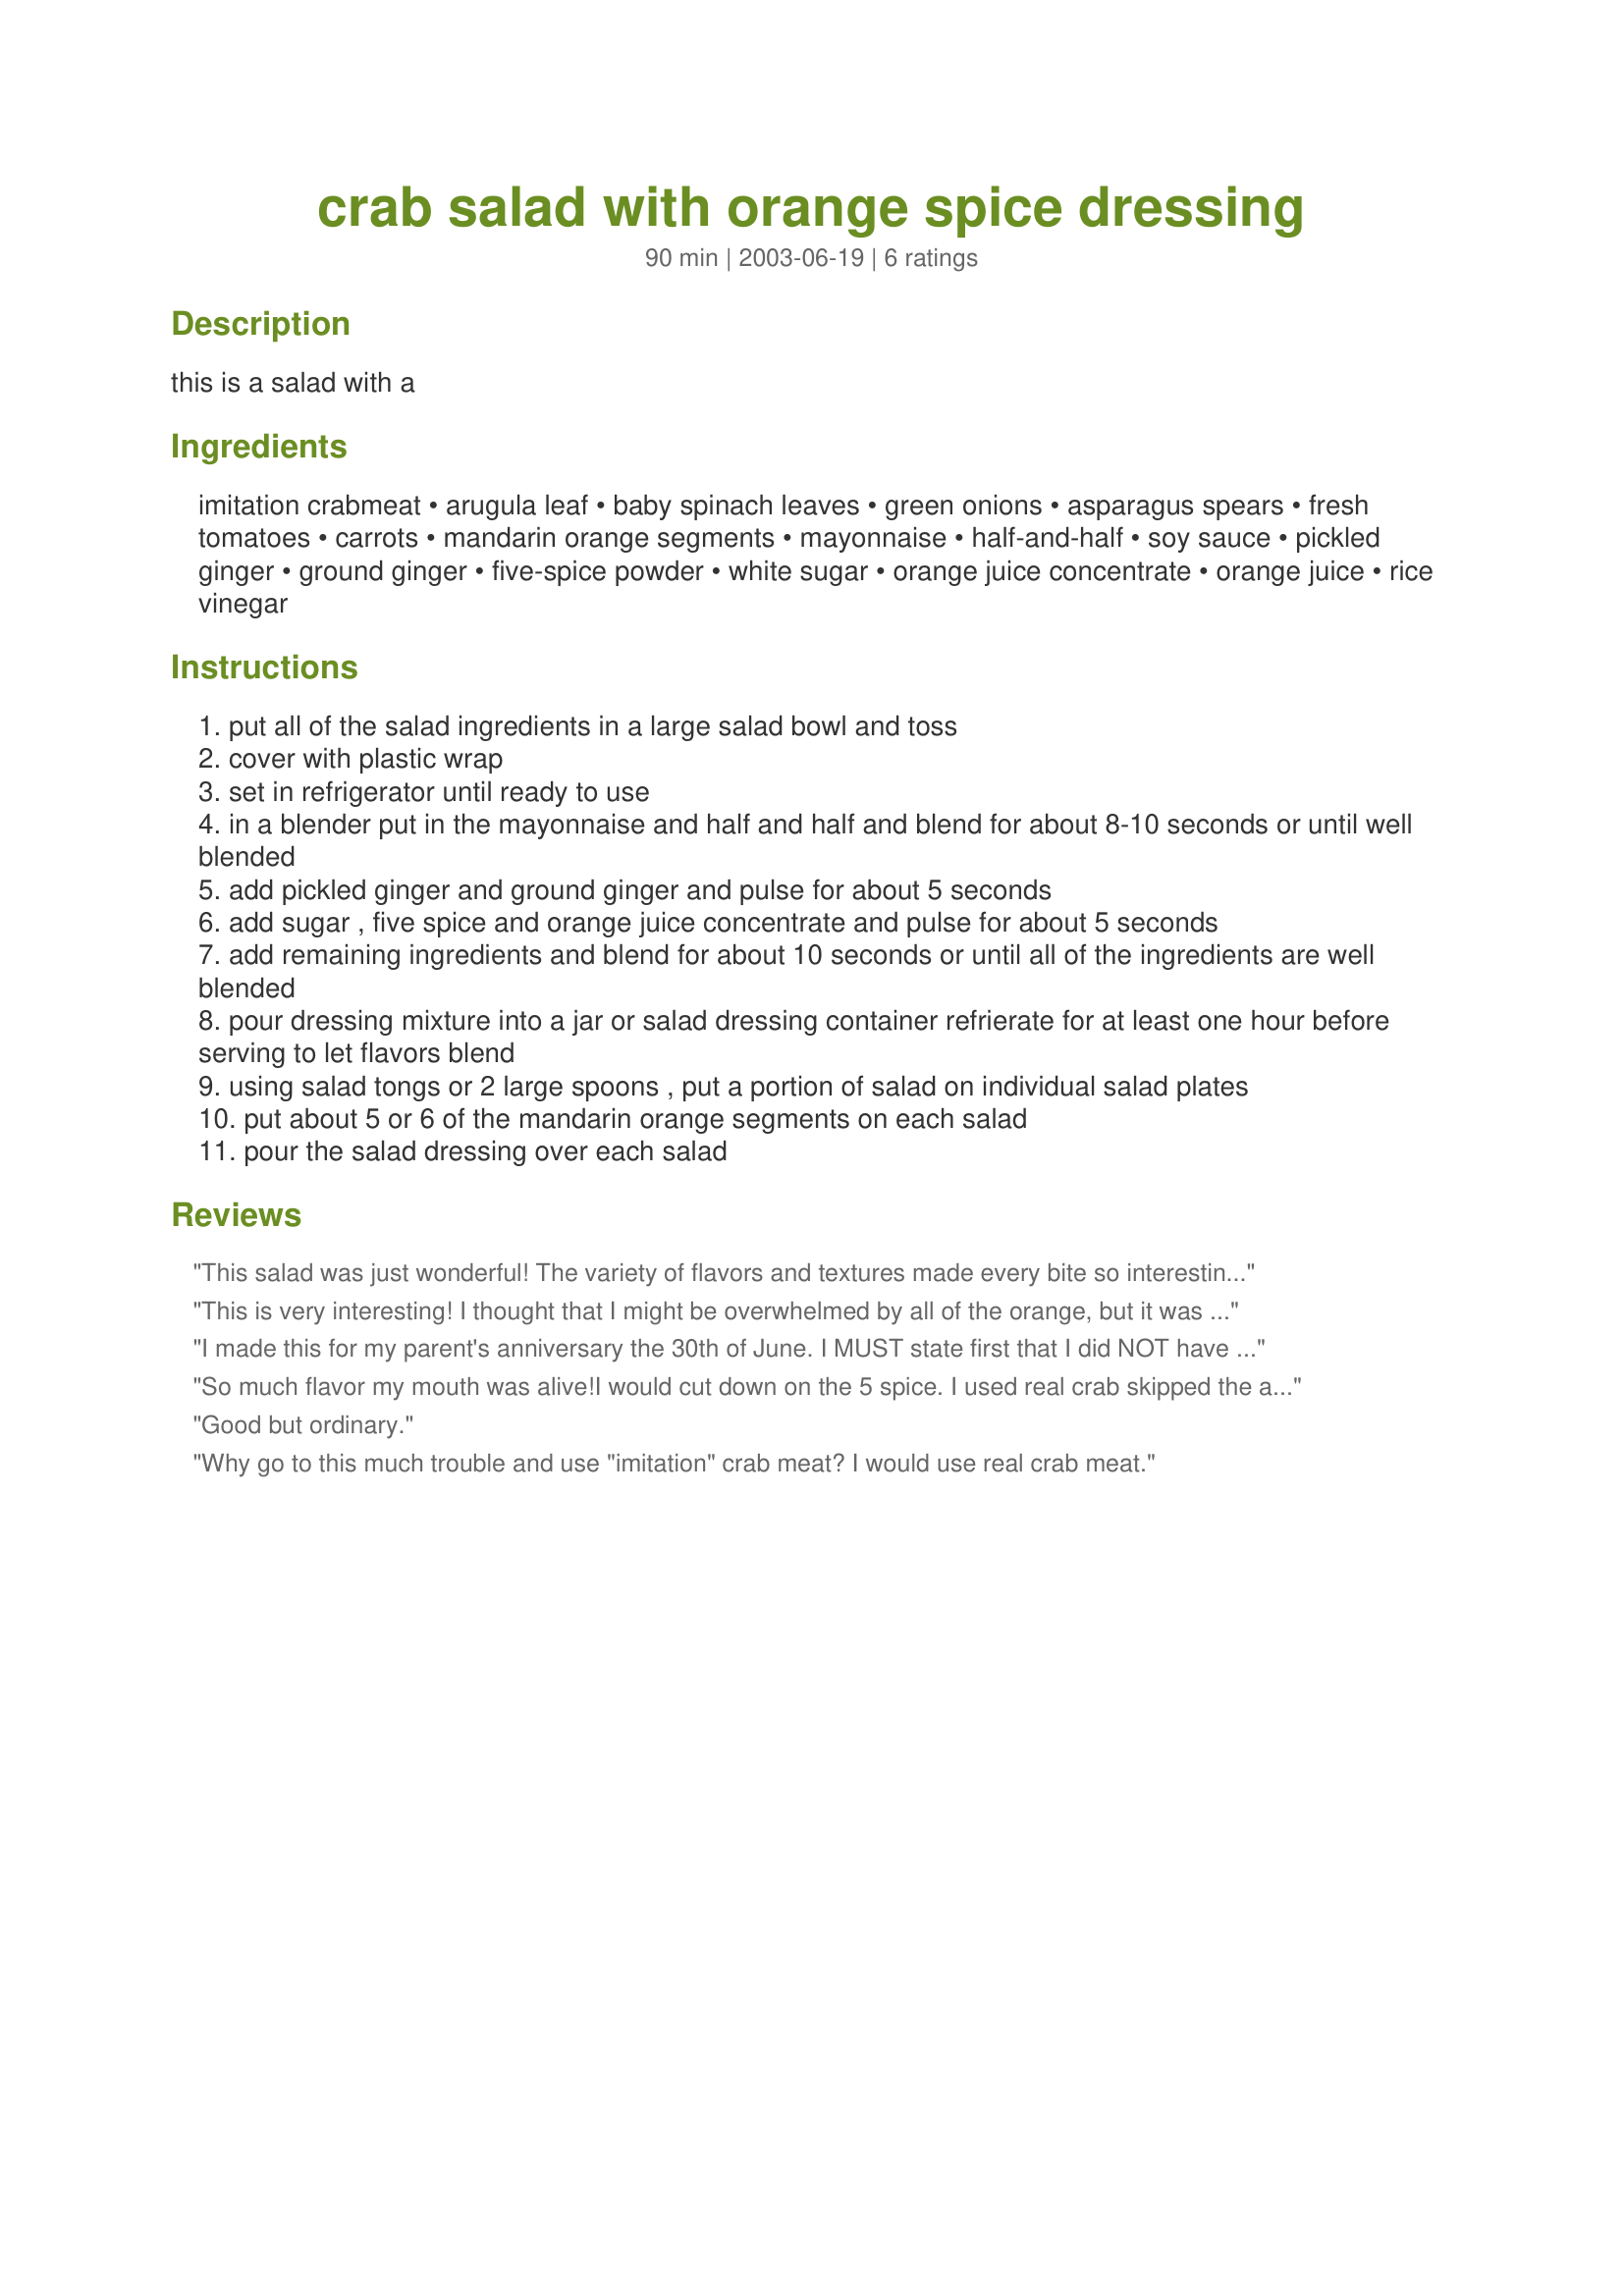
crab salad with orange spice dressing
Preparation time: 90 minutes

this is a salad with a

Ingredients:
imitation crabmeat, arugula leaf, baby spinach leaves, green onions, asparagus spears, fresh tomatoes, carrots, mandarin orange segments, mayonnaise, half-and-half, soy sauce, pickled ginger, ground ginger, five-spice powder, white sugar, orange juice concentrate, orange juice, rice vinegar

Steps:
put all of the salad ingredients in a large salad bowl and toss
cover with plastic wrap
set in refrigerator until ready to use
in a blender put in the mayonnaise and half and half and blend for about 8-10 seconds or until well blended
add pickled ginger and ground ginger and pulse for about 5 seconds
add sugar , five spice and orange juice concentrate and pulse for about 5 seconds
add remaining ingredients and blend for about 10 seconds or until all of the ingredients are well blended
pour dressing mixture into a jar or salad dressing container refrierate for at least one hour before serving to let flavors blend
using salad tongs or 2 large spoons , put a portion of salad on individual salad plates
put about 5 or 6 of the mandarin orange segments on each salad
pour the salad dressing over each salad

Reviews:
This salad was just wonderful! The variety of flavors and textures made every bite so interesting. I did make a few changes, mostly based on availability of items. For the green, I used some pre-mixed salad greens that included both arugula & spinich - very convenient. I omitted the 5 spice, as I didn't have it. Used less tomato & more asparagus, again, based on what was on hand. I do wish I'd had the half & half for the dressing; I didn't & used milk. The dressing was terrific - very flavorful, but I am sure the half & half would've made it even better. Also, I blanched the asparagus. I think having it raw would've been too hard core for my family. The ginger & the orange was a great combination that I probably would've never thought to put together. Often, when a recipe has a lot of ingredients, I'll pass it by because I am usually looking for something to whip up quickly. I will say that this recipe is absolutely worth the effort. Thanks, Aunt WoofieWoof!
This is very interesting! I thought that I might be overwhelmed by all of the orange, but it was just delcious, and almost refreshing! I cut the recipe down as I dont have 8-10 people to serve lol, but its all the same! The arugala and the spinach really do make a difference in this salad... I would not replace them with other greens. I used just a small amount of the dressing on my salad because I dont like to drown my salads lol :-) it was very good however... and I will use this the next time I have a bbq or picnic to go to. I think this would be just perfect!
I made this for my parent's anniversary the 30th of June. I MUST state first that I did NOT have five spice, OJ from concentrate, pickled ginger, or rice vinegar. I used allspice, more mandarin juice, white vinegar, 4 oz tofu pureed for the mayo, fat free half & half, and everything else. What a refreshing salad! The kitchen stayed cool for once ;) A word of warning - be sure your ingredients are dry and well-thawed. I ended up with a soggier salad, but that was purely MY fault. The arugula added a bite and bitterness I enjoyed. I like the crab/mandarin combo as well. But I felt the salad was SO much better when I added frozen, thawed peas and pineapple chunks to it and used my usual salad dressing - salsa. The salad dressing (the way *I* made it) was okay, but I greatly prefer my salsa. I'm sure I'd feel that way even if I made your dressing with all the ingredients - I'm just particular that way. I'd LOVE to use your base salald as a template for future salads! Thank you
So much flavor my mouth was alive!I would cut down on the 5 spice.
I used real crab skipped the arugula. Just use all the dressing because the leftover dressing started to I guess you would say ferment(bubble)!
Good but ordinary.
Why go to this much trouble and use "imitation" crab meat? I would use real crab meat.
